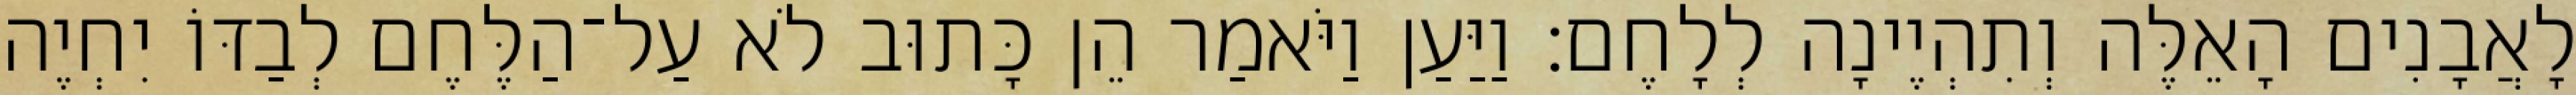
לָאֲבָנִים הָאֵלֶּה וְתִהְיֶינָה לְלָחֶם׃ וַיַּעַן וַיֹּאמַר הֵן כָּתוּב לֹא עַל־הַלֶּחֶם לְבַדּוֹ יִחְיֶה